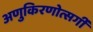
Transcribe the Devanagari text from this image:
अणुकिरणोत्सर्गी